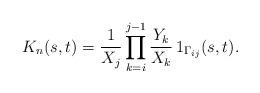
LaTeX: \begin{align*} K_n ( s, t) = \frac{1}{X_{j}} \prod_{k= i }^{ j -1 } \frac{Y_k}{X_k} \, \mathrm{1}_{\Gamma_ {i j}}(s,t). \end{align*}